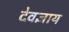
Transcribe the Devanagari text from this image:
देवज्ञाय